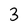
Character: 3